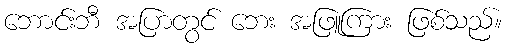
ဘောင်းဘီ အပြာတွင် ဘေး အဖြူကြား ဖြစ်သည်။